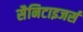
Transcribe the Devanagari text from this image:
सैनिटाइजर्स